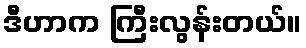
ဒီဟာက ကြီးလွန်းတယ်။